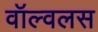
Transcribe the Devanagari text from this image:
वॉल्वलस